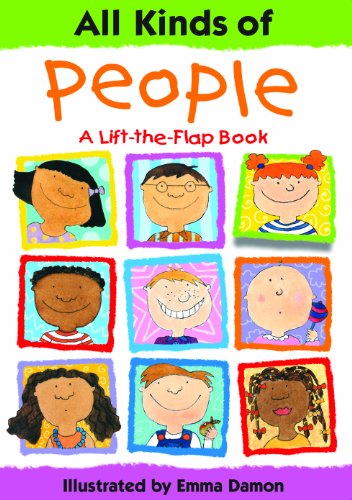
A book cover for All Kinds of People: A Lift-the-Flap Book; Sheri Safran; Children's Books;